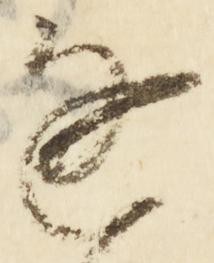
進